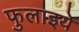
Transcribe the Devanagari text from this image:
फुलाइये